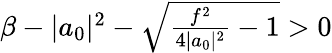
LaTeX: \begin{array}{r}{\beta-|a_{0}|^{2}-\sqrt{\frac{f^{2}}{4|a_{0}|^{2}}-1}>0}\end{array}